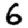
Digit: 6